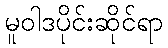
မူဝါဒပိုင်းဆိုင်ရာ